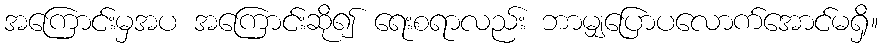
အကြောင်းမှအပ အကြောင်းဆို၍ ရေးစရာလည်း ဘာမျှပြောပလောက်အောင်မရှိ။